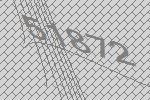
51872